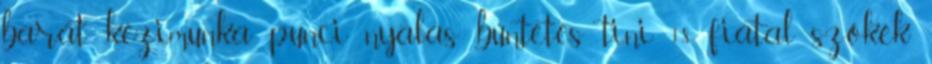
barát kézimunka punci nyalás büntetés tini 18 fiatal szőkék